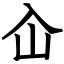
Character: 屳